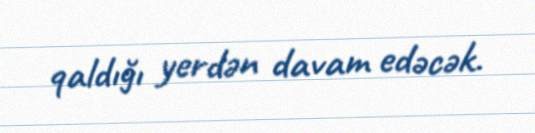
qaldığı yerdən davam edəcək.